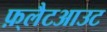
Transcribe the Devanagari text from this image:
फ़्लैटआउट